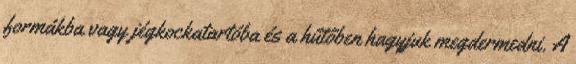
formákba vagy jégkockatartóba és a hűtőben hagyjuk megdermedni. A